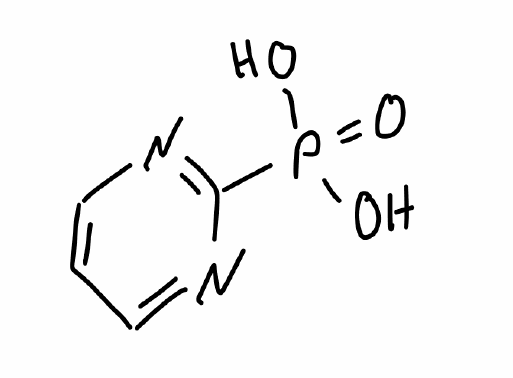
Simplified molecular-input line-entry system (SMILES) notation of the given molecule:
C1=CN=C(N=C1)P(=O)(O)O